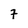
Character: 7